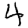
Digit: 4